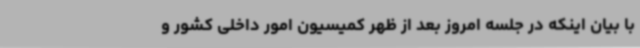
با بیان اینکه در جلسه امروز بعد از ظهر کمیسیون امور داخلی کشور و